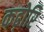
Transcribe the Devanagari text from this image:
कढ़ोरि